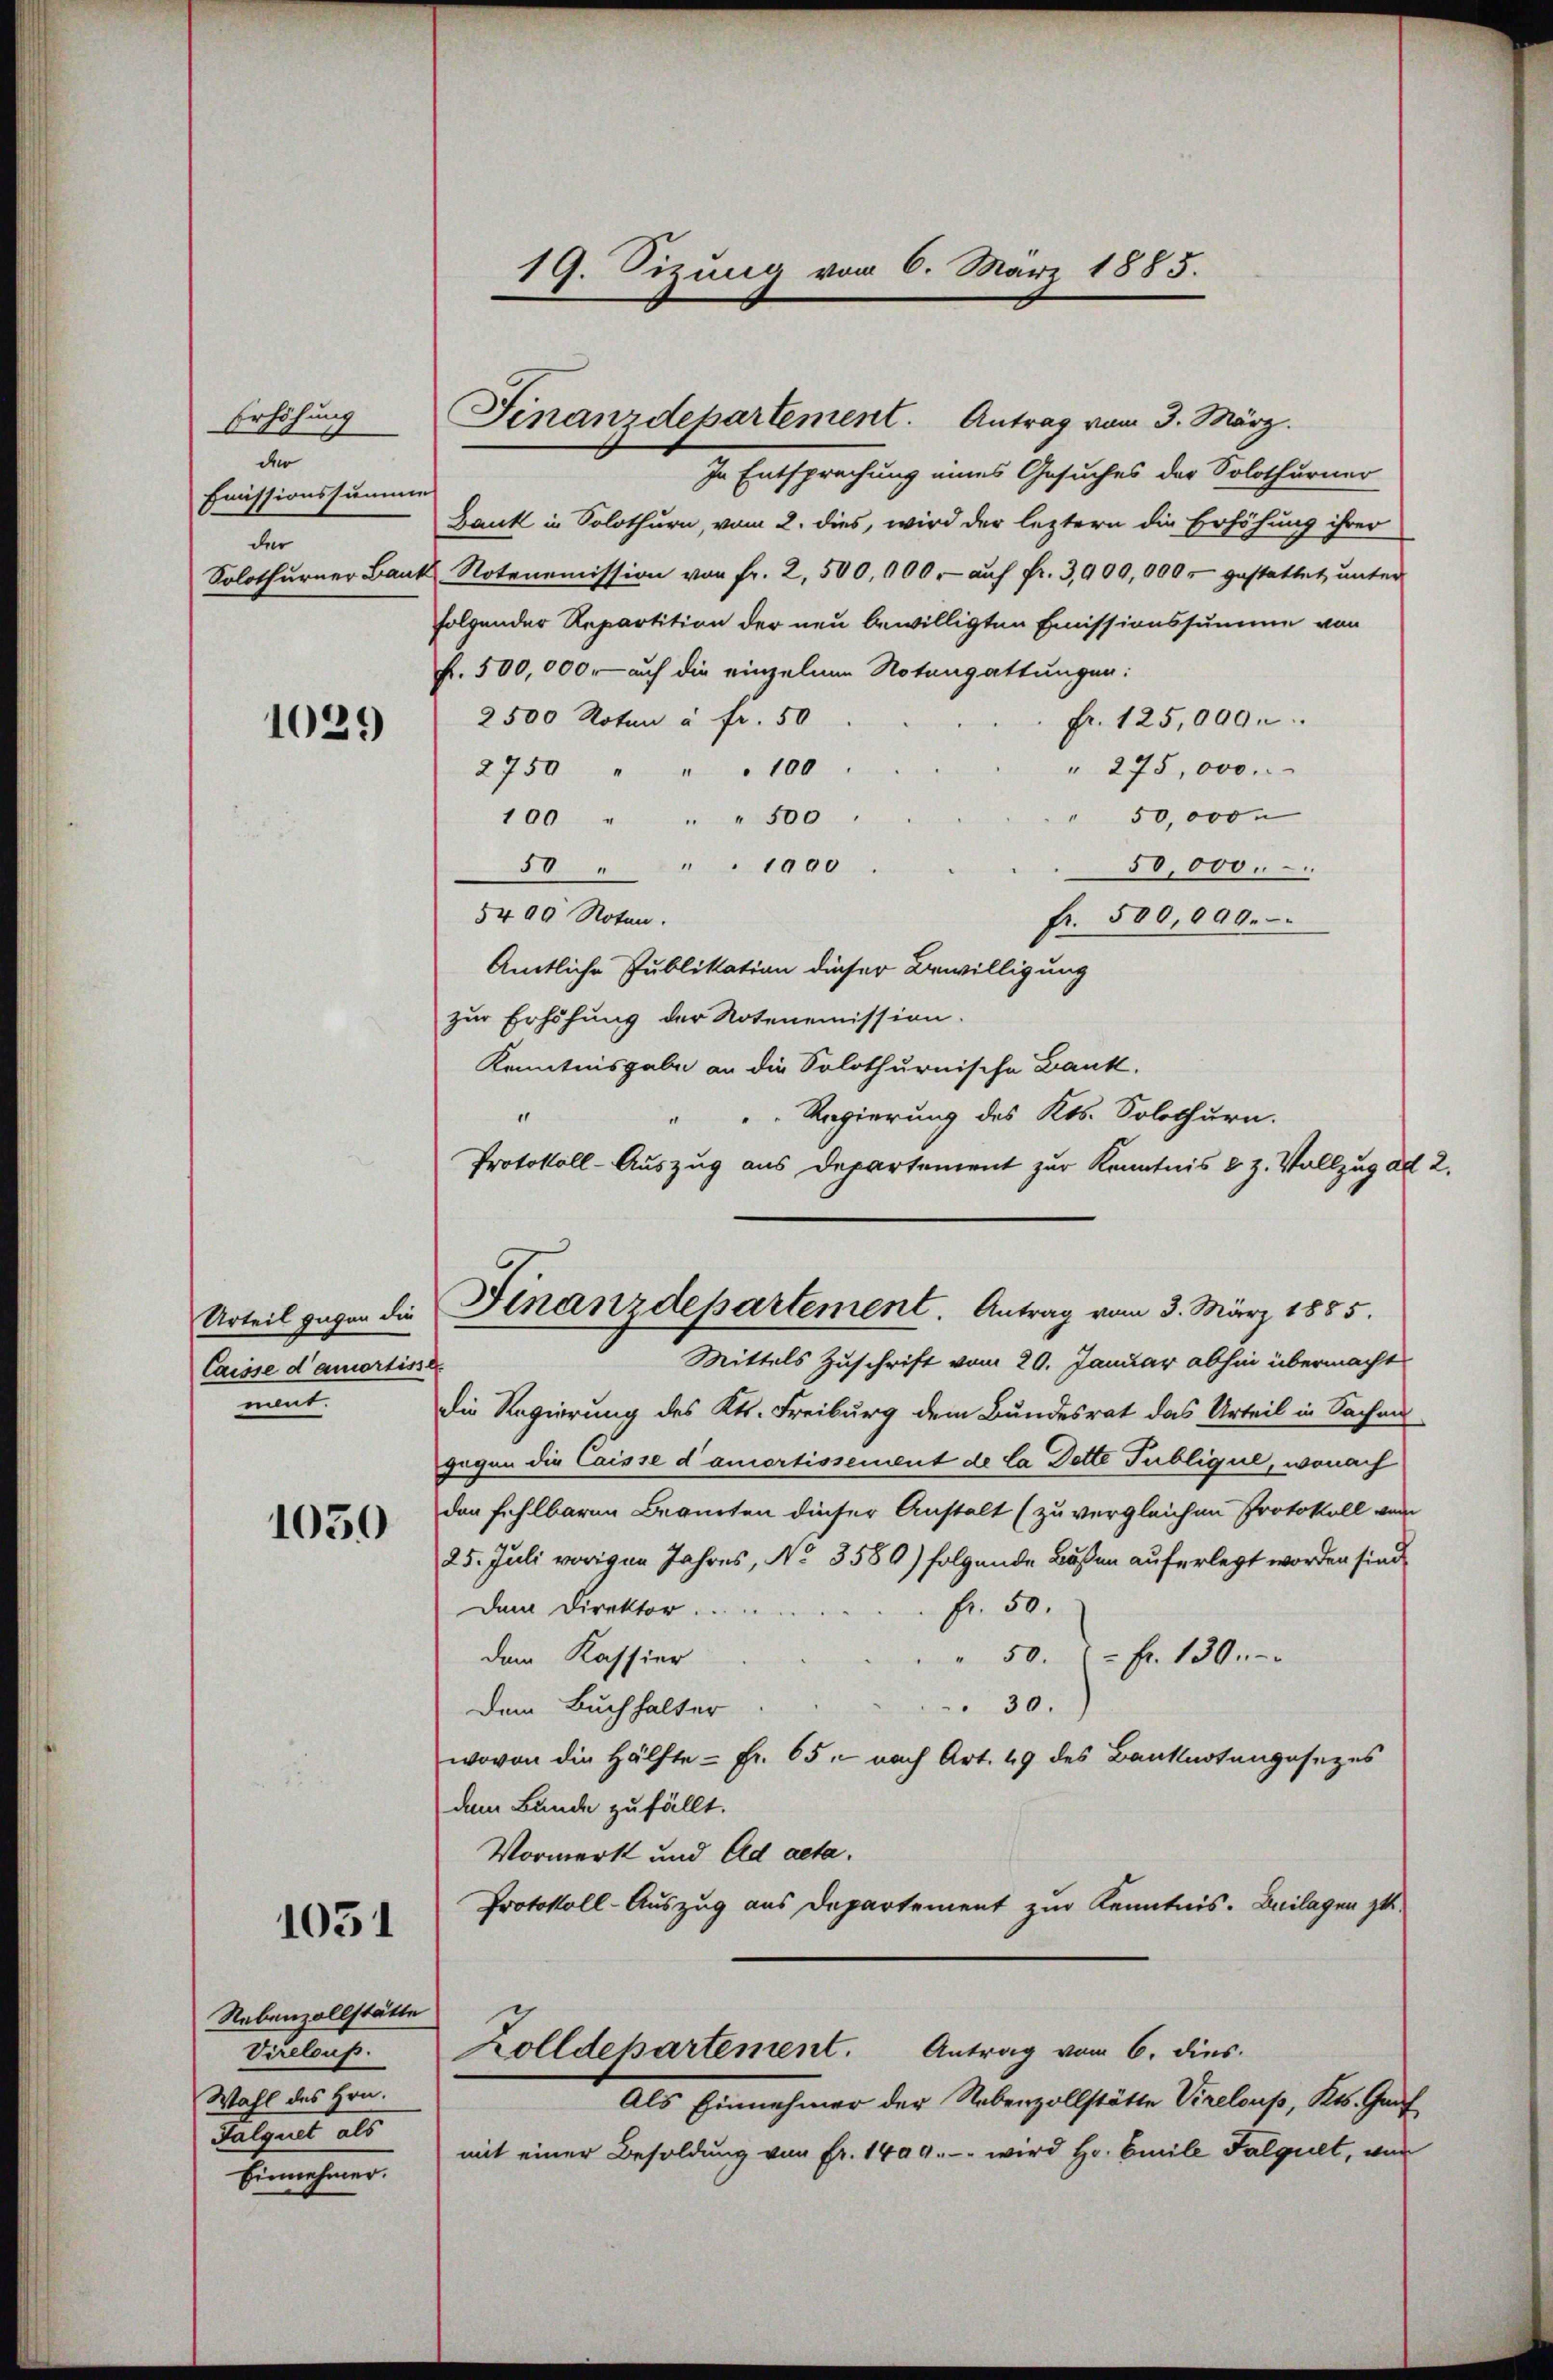
Erhöhung
der
Emissionssumme
der

1029

Casse d’amortisse
ment.

1030

1051

Nebenzollstätte
Virelous.
Wahl des Hrn.
Jalquet als
Benehmen.

19. Sizung vom 6. März 1885.

Finanzdepartement. Antrag vom 3. März.

In Entsprechung eines Gesuches der Solothurner
Bank in Solothurn, vom 2. dies, wird der leztern die Erhöhung ihrer
Solothurner Bank, Notenemission von Fr. 2, 500,000.- auf Fr. 3,900,000.- gestattet unter
folgender Repartition der neu bewilligten Emissionssumme von
f. 500,000. auf die einzelnen Notengattungen:
2500 Noten à Fr. 50
Fr. 125,009.
" 275,000.
2750 " " " 100
50,000
100 " " " 500 "
50 " " " 1090
50,000.
5400 Noten.
fr. 500,000.
Amtliche Publikation dieser Bewilligung
zur Erhöhung der Notenemission.
Kenntnisgabe an die Solothurnische Bank.
1
Regierung des Kts. Solothurn.
Protokoll-Auszug aus Departement zur Kenntnis 8 Z. Vollzug de
die Regierung des Kts. Freiburg dem Bundesrat das Urteil in Sachen
gegen die Caisse d’amortissement de la Dette Publique, wonach
den fehlbaren Beamten dieser Anstalt (zu vergleichen Protokoll vom
25. Juli vorigen Jahres, No 3580) folgende Bußen auferlegt worden sind.
fr. 50.
Dem Direktor.
dem Kassier
" 50. fr. 130.
30.
Dem Buchhalter
wovon die Hälfte - Fr. 65, nach Art. 49 des Banknotengesezes
dem Bunde zufällt.
Vormerk und ad acta.
Protokoll-Auszug aus Departement zur Kenntnis. Beilagen zu.
Zolldepartement. Antrag vom 6. dies
Als Einnehmer der Nebenzollstätte Virelouss, Kts. Gauf
mit einer Besoldung von Fr. 1409. -- wird Hr. Emile Falquet, von

Urteil gegen die Finanzdepartement. Antrag vom 3. März 1885.
Mittels Zuschrift vom 20. Januar abhin übermacht